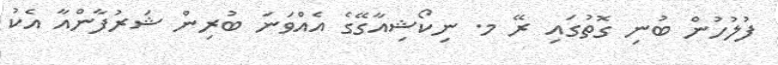
ފުލުހުން ބުނި ގޮތުގައި ރޭ މ. ނިކޯޝިއާގޭގެ އެއްވަނަ ބުރިން ޝަރުފާންއާ އެކު